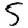
Digit: 5